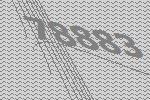
78883